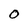
Character: 0